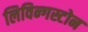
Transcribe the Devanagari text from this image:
लिविन्गस्टोन